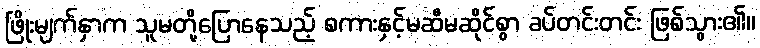
ဖြိုးမျက်နှာက သူမတို့ပြောနေသည့် စကားနှင့်မဆီမဆိုင်စွာ ခပ်တင်းတင်း ဖြစ်သွား၏။